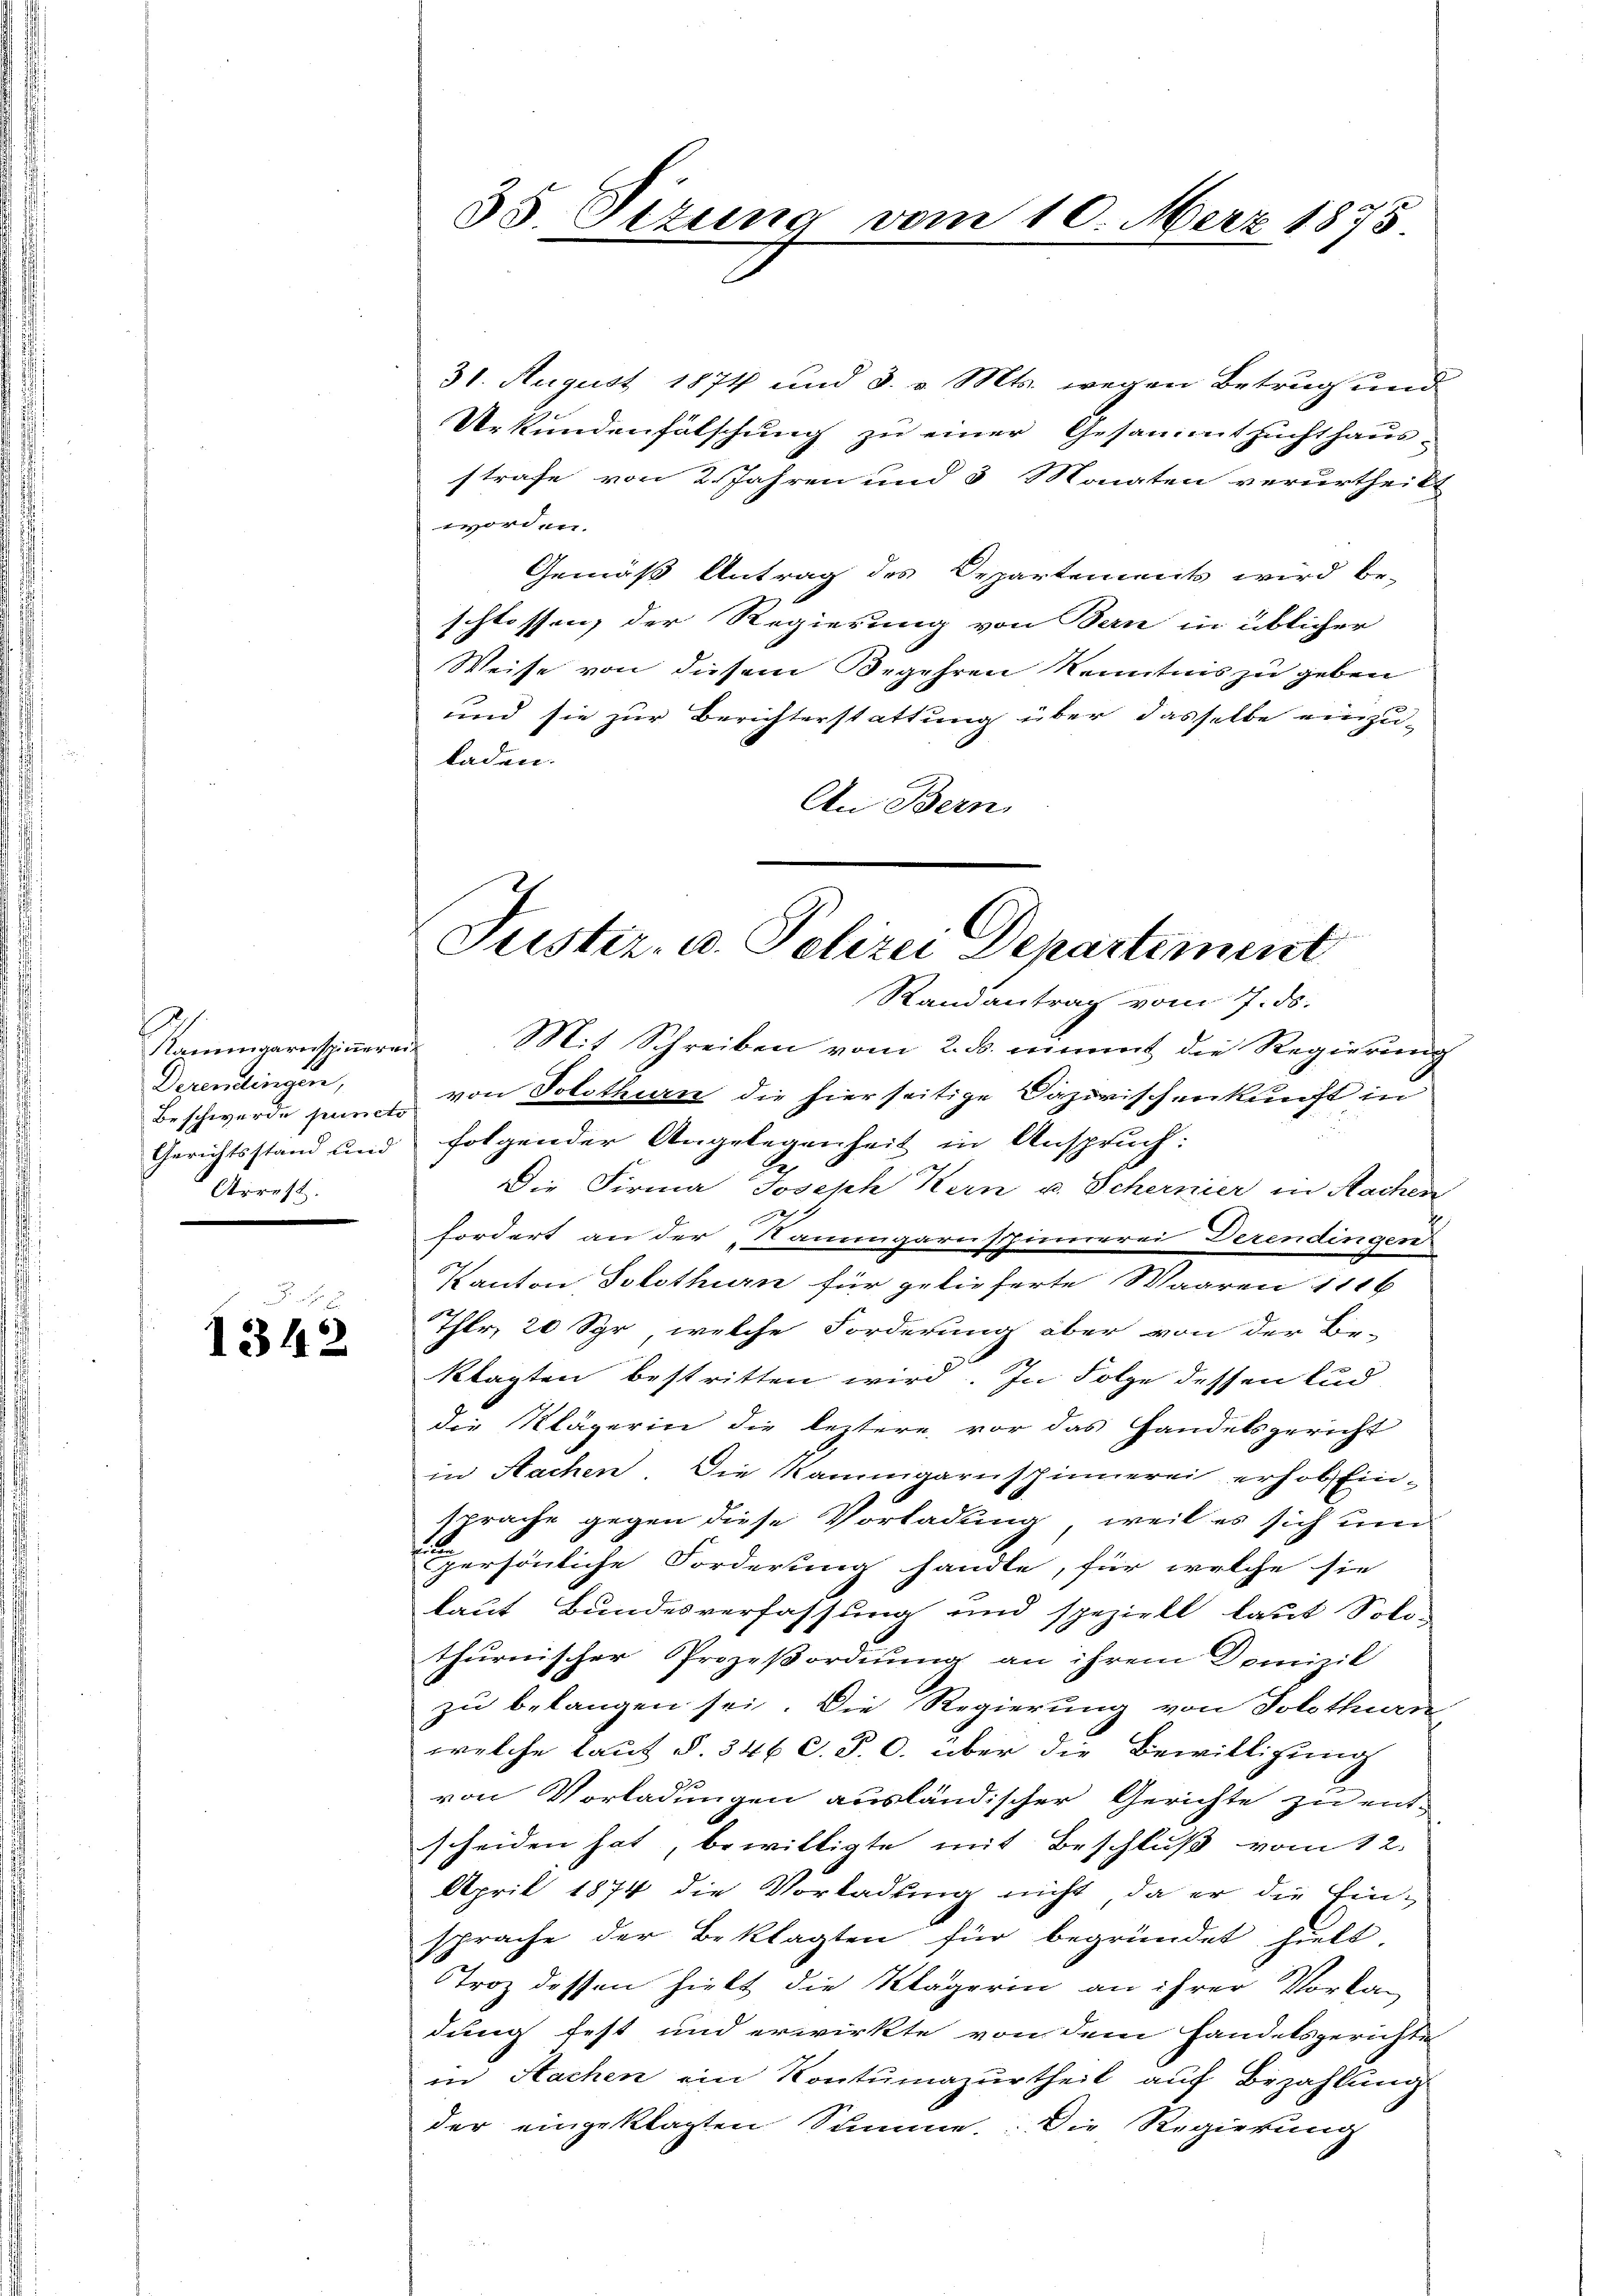
Derendlingen,
Arrest.

e
1342

35. Sizung vom

31. August 1874 und 3. v. Mts. wegen Betrug und
Urkundenfälschung zu einer Gesammtzuchthaus-
strafe von 2 Jahren und 3 Monaten verurtheilt
worden.
Gemäß Antrag des Departements wird be-
schlossen, der Regierung von Bern in üblicher
Weise von diesem Begehren Kenntnis zu geben
und sie zur Berichterstattung über dasselbe einzuladen.
An Bern,

10. Merz 1875.

Juster. u. Polizei Departement

Randantrag vom 7. ds.
Rammgarnspinneren Mit Schreiben vom 2. B. nimmt die Regierung
Beschwerde zum u von Solothurn die hierseitige Dazwischenkunft in
Gerichtsstand und folgender Angelegenheit in Anspruch:
Die Firma Joseph Kern u. Schernier in Nachen
e
fordert an der „Kannagarnsthinnerei Derendingen.
Kanton Solothurn für gelieferte Waaren 1116
Thlr, 20 Syr, welche Forderung aber von der Be-
klagten bestritten wird. In Folge dessen und
die Klägerin die leztere vor das Handelsgericht
in Sachen. Die Kammigarnschinnerei erhob Einsprache gegen diese Vorladung, weil es sich um
persönliche Forderung handle, für welche sie
laut Bundesverfassung und speziell laut Solo-
thurnischer Prozeßordnung an ihrem Domizil
zu belangen sei. Die Regierung von Solothurn
welche laut §. 346 C. P. O. über die Bewilligung
von Vorladungen ausländischer Gerichte zu ent-
scheiden hat, bewilligte mit Beschluß vom 12.
April 1874 die Vorladung nicht, da er die Einsprache der Beklagten für begründet hielt,
Troz dessen hielt die Klägerin an ihrer Vorladung fest und erwirkte von dem Handelsgerichte
in Sachen ein Kontumazurtheil auf Bezahlung
der eingeklagten Summe. Die Regierung